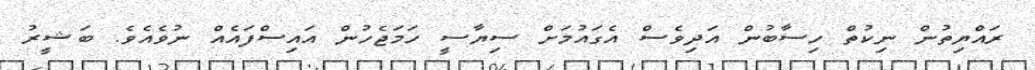
ރައްޔިތުން ނިކުތް ހިސާބުން އަދިވެސް އެގައުމަށް ސިޔާސީ ހަމަޖެހުން އައިސްފައެއް ނުވެއެވެ. ބަޝީރު